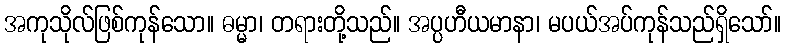
အကုသိုလ်ဖြစ်ကုန်သော။ ဓမ္မာ၊ တရားတို့သည်။ အပ္ပဟီယမာနာ၊ မပယ်အပ်ကုန်သည်ရှိသော်။